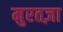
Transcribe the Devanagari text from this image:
मुरतज़ा